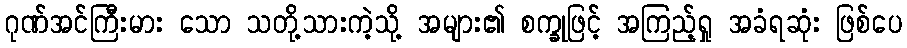
ဂုဏ်အင်ကြီးမား သော သတို့သားကဲ့သို့ အများ၏ စက္ခုဖြင့် အကြည့်ရှု အခံရဆုံး ဖြစ်ပေ